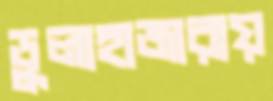
ডুলাহাজারায়